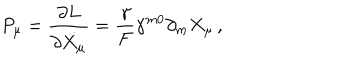
LaTeX: P _ { \mu } = \frac { \partial L } { \partial \dot { X _ { \mu } } } = \frac { \gamma } { F } \gamma ^ { m 0 } \partial _ { m } X _ { \mu } \, ,